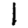
Digit: 1